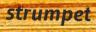
strumpet